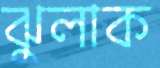
ঝুলাক